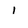
Character: I